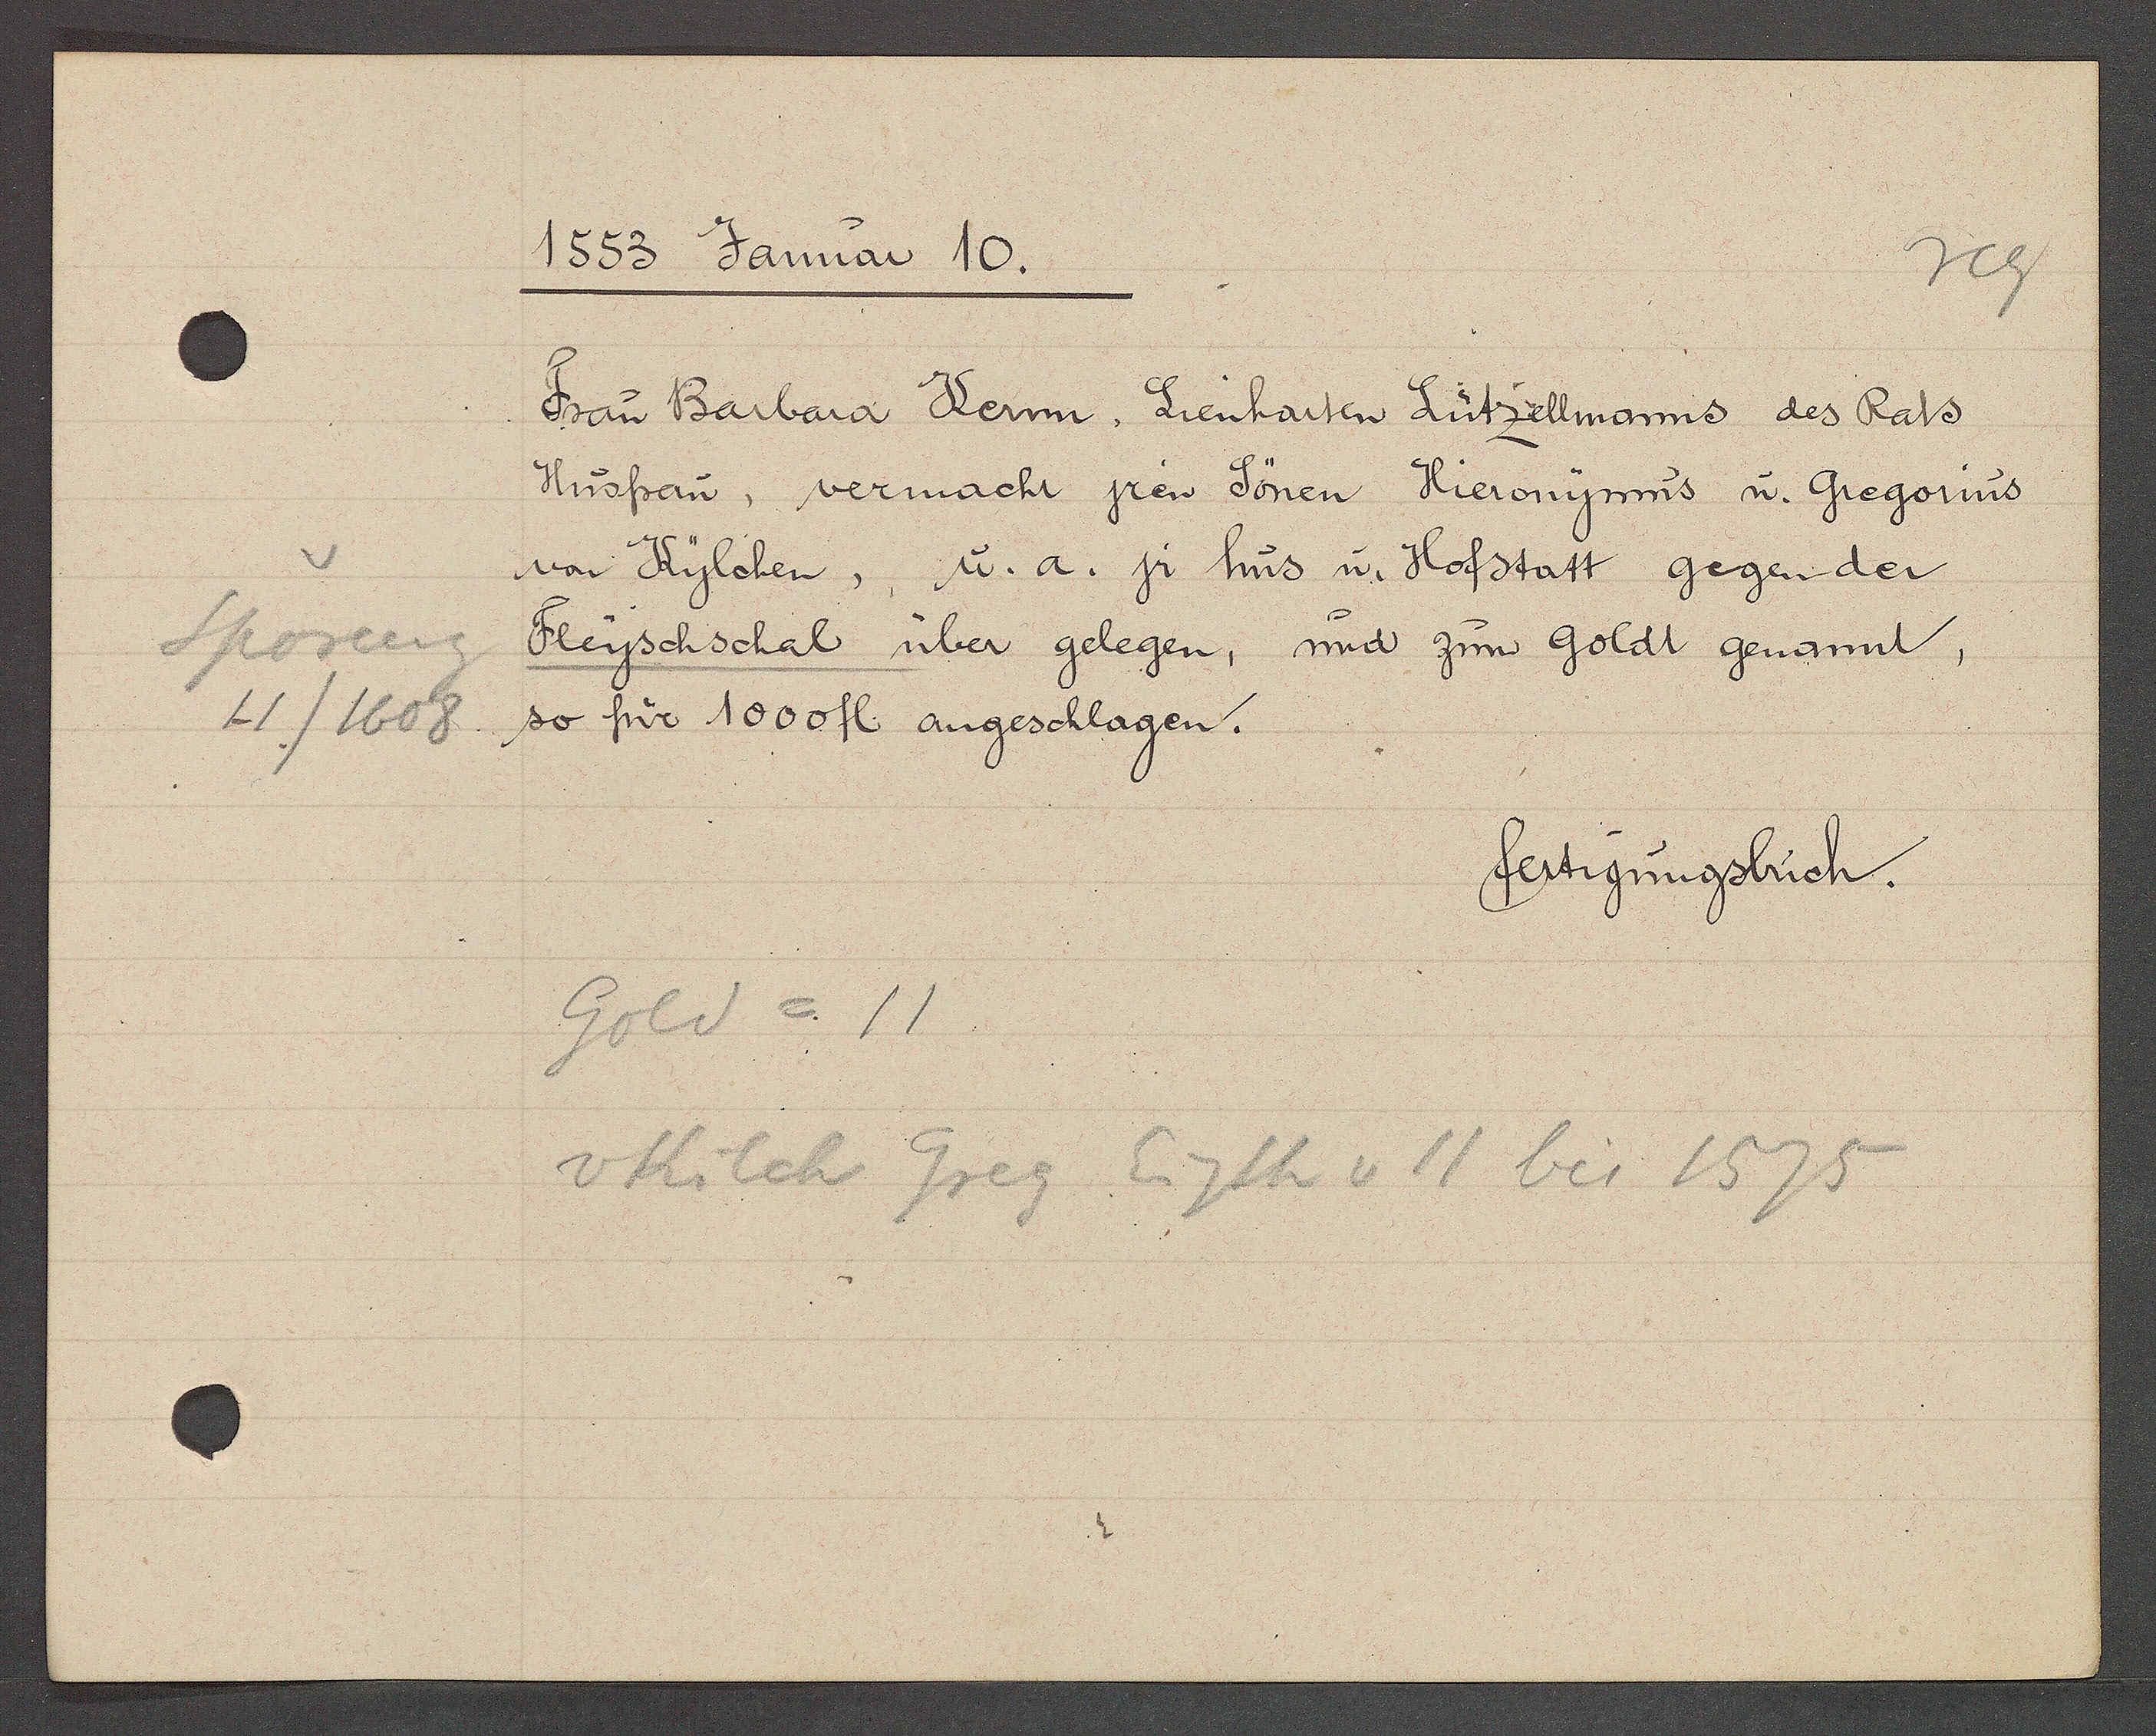
Transcript:
Sporeng
11/1608

1553 Januar 10.

Frau Barbara Kerrn, Lienharten Lützellmanns des Rats
Husfrau, vermacht jren Sönen Hieronymus u. Gregorius
von Kylchen, u. a. jr hus u. Hofstatt gegen der
Fleyschschal über gelegen, und zum goldt genannt,
so für 1000 fl. angeschlagen.

fertigungsbuch.

Gold = 11
v Kilch Greg Eigth v 11 bis 1575